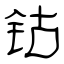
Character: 钴